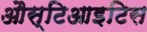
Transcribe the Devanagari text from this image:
औस्टिआइटिस